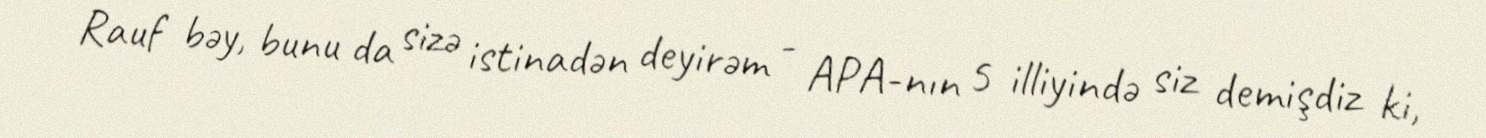
Rauf bəy, bunu da sizə istinadən deyirəm - APA-nın 5 illiyində siz demişdiz ki,